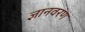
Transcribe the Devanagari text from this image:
ज्ञानवरण